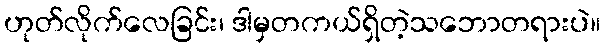
ဟုတ်လိုက်လေခြင်း၊ ဒါမှတကယ်ရှိတဲ့သဘောတရားပဲ။